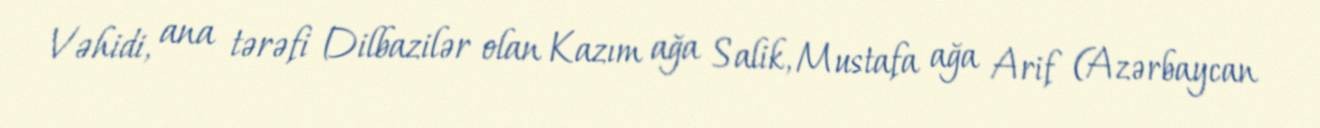
Vəhidi, ana tərəfi Dilbazilər olan Kazım ağa Salik, Mustafa ağa Arif (Azərbaycan